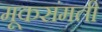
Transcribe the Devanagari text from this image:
मूकसंमती